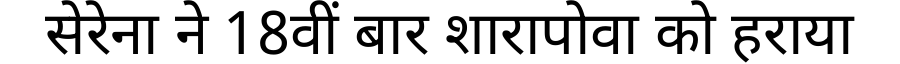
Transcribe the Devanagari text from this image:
सेरेना ने 18वीं बार शारापोवा को हराया